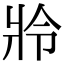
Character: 𤕵